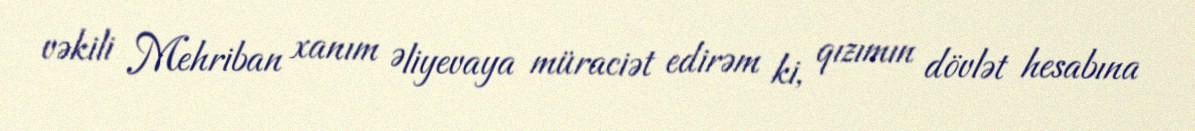
vəkili Mehriban xanım Əliyevaya müraciət edirəm ki, qızımın dövlət hesabına